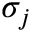
\sigma _ { j }